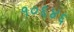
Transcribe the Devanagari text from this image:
१०६४६